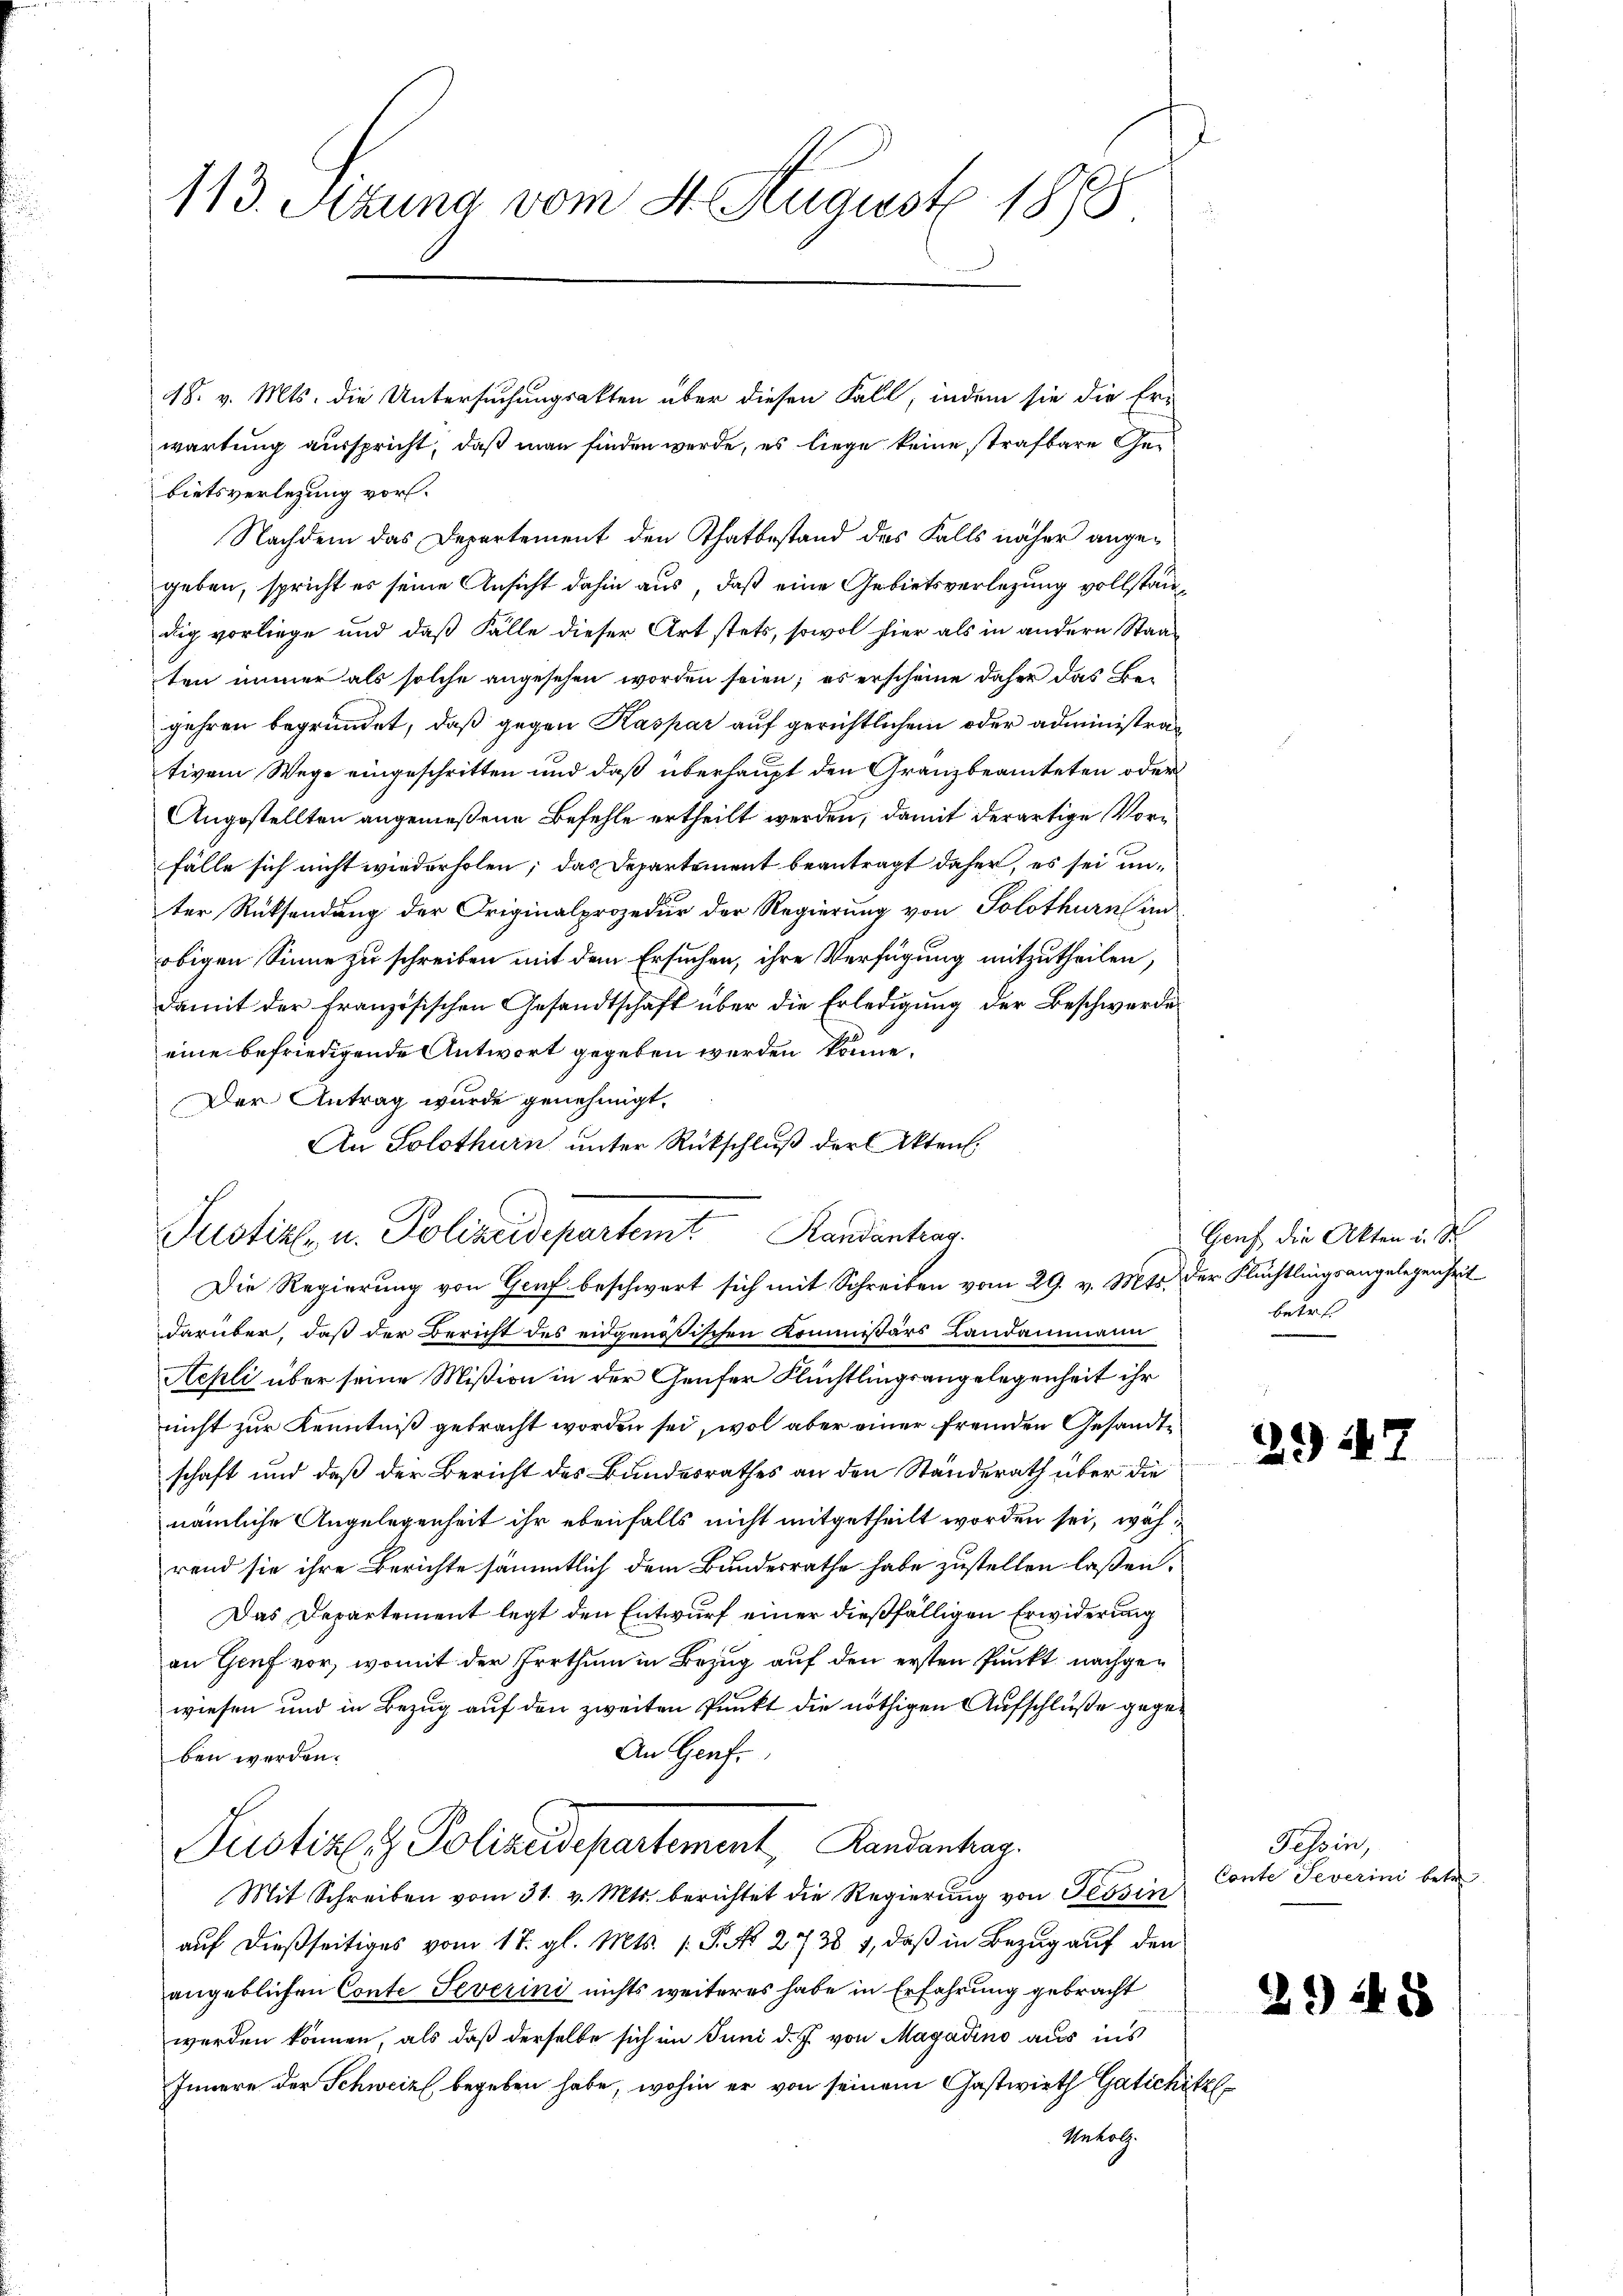
113. Sitzung vom 4. August 1888.

48. v. Mts. die Untersuchungsakten über diesen Fall, indem sie die Er-
wartung ausspricht, daß man finden werde, es liege keine strafbare Gebietsverlegung vor.
Nachdem das Departement den Thatbestand des Falls näher angegeben, spricht es seine Ansicht dahin aus, daß eine Gebietsverlegung vollständig vorliege und daß Fälle dieser Art stets, sowol hier als in andern Staaten immer als solche angesehen worden seien; es erscheine daher das Begehren begründet, daß gegen Kaspar auf gerichtlichem oder administrativem Wege eingeschritten und daß überhaupt den Granzbeamteten oder
Angestellten angemeßene Befehle ertheilt werden, damit derartige Vorfälle sich nicht wiederholen; das Departement beantragt daher, es sei unter Rücksendung der Originalprozedur der Regierung von Solothurn im
obigen Sinne zu schreiben mit dem Ersuchen, ihre Verfügung mitzutheilen,
damit der Französischen Gesandtschaft über die Erledigung der Beschwerde
eine befriedigende Antwort gegeben werden könne.
Der Antrag wurde genehmigt.
An Solothurn unter Rückschluß der Akten.
Justiz u. Polizeidepartemt Randantier
Die Regierung von Genf beschwert sich mit Schreiben vom 29. v. Mts. der Flüchtlingsangelegenheit
darüber, daß der Bericht des eidgenössischen Kommissärs Landammann
Aepli über seine Mißion in der Genfer Flüchtlingsangelegenheit ihr
nicht zur Kenntniß gebracht worden sei, wol aber einer fremden Gesandte
schaft und daß der Bericht des Bundesrathes an den Ständerath über die
nämliche Angelegenheit ihr ebenfalls nicht mitgetheilt worden sei, während sie ihre Berichte sämmtlich dem Bundesrathe habe zustellen laßen.
Das Departement legt den Entwurf einer dießfälligen Erwiderung
an Genf vor, womit der Irrthum in Bezug auf den ersten Punkt nachgewiesen und in Bezug auf den zweiten Punkt die nöthigen Aufschluße gege¬
An Genf.
ben werden.
Justiz & Polizeidepartement, Kandantrag.
Mit Schreiben vom 31. v. Mts. berichtet die Regierung von Tessin
auf dießseitiges vom 17. gl. Mts. 1. P. Nr. 2738 1, daß in Bezug auf den
angeblichen Conte Severini nichts weiteres habe in Erfahrung gebracht
werden können, als daß derselbe sich im Juni d. J. von Magadino aus ins
Innere der Schweiz begeben habe, wohin er von seinem Gastwieth Gatichitzl
Unholz.

Genf die Akten u. St
betref

e
23 247

Tessin,
Conte Severini betr

39 24 x